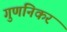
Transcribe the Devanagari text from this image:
गुणनिकर